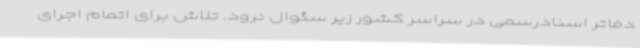
دفاتر اسنادرسمی در سراسر کشور زیر سئوال نرود. تلاش برای اتمام اجرای